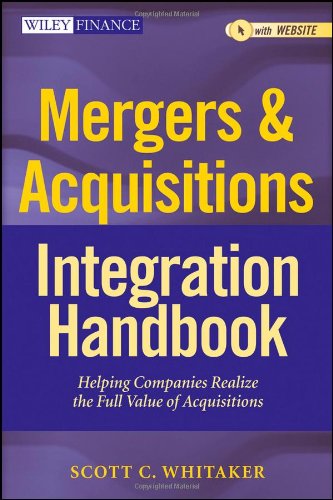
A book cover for Mergers & Acquisitions Integration Handbook, + Website: Helping Companies Realize The Full Value of Acquisitions; Scott C. Whitaker; Business & Money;